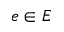
e \in E